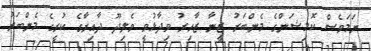
ނަމަވެސް ކޮމިޝަންގެ މެންބަރު ޒީނާ ޒާހިރު ވިދާޅުވީ ވެލިދޫ ދާއިރާގެ ކުރީގެ މެންބަރު